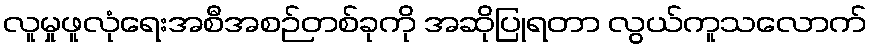
လူမှုဖူလုံရေးအစီအစဉ်တစ်ခုကို အဆိုပြုရတာ လွယ်ကူသလောက်